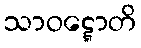
သာဝဋ္ဋောတိ